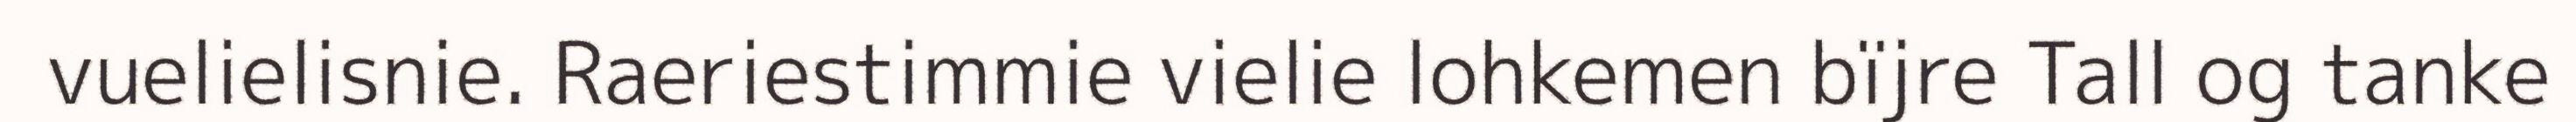
vuelielisnie. Raeriestimmie vielie lohkemen bïjre Tall og tanke